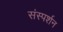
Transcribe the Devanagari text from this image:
संस्पर्शन